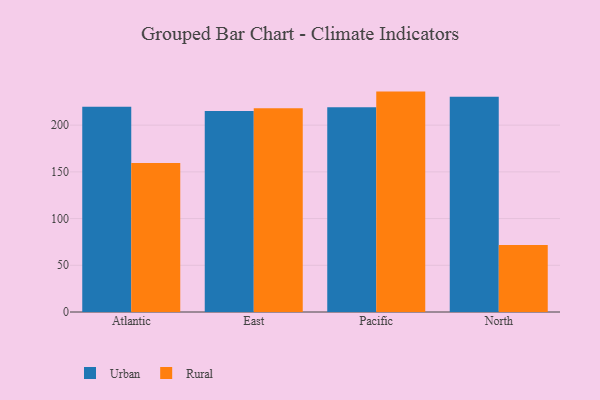
{"axis": {"x": "Region", "y": "Backlog"}, "legend": ["Rural", "Urban"], "data": [{"x": "Atlantic", "y": 219.6, "type": "Urban"}, {"x": "Atlantic", "y": 159.4, "type": "Rural"}, {"x": "East", "y": 215.1, "type": "Urban"}, {"x": "East", "y": 218.0, "type": "Rural"}, {"x": "Pacific", "y": 219.1, "type": "Urban"}, {"x": "Pacific", "y": 235.9, "type": "Rural"}, {"x": "North", "y": 230.5, "type": "Urban"}, {"x": "North", "y": 71.8, "type": "Rural"}]}